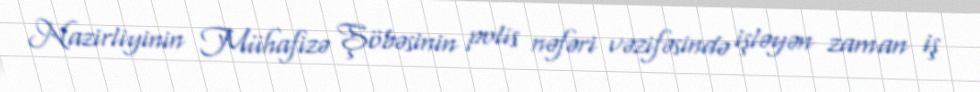
Nazirliyinin Mühafizə Şöbəsinin polis nəfəri vəzifəsində işləyən zaman iş